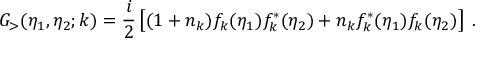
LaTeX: G _ { > } ( \eta _ { 1 } , \eta _ { 2 } ; k ) = \frac { i } { 2 } \left[ ( 1 + n _ { k } ) f _ { k } ( \eta _ { 1 } ) f _ { k } ^ { * } ( \eta _ { 2 } ) + n _ { k } f _ { k } ^ { * } ( \eta _ { 1 } ) f _ { k } ( \eta _ { 2 } ) \right] \; .